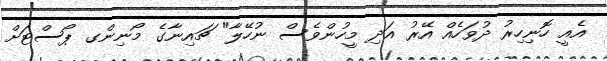
އެއީ ހޮނިހިރު ދުވަހެއް އޭރު އަދި މީހުންވެސް ނުހޭލާ" ޗައިނާގެ މޯނިންގ ޕޯސްޓަށް